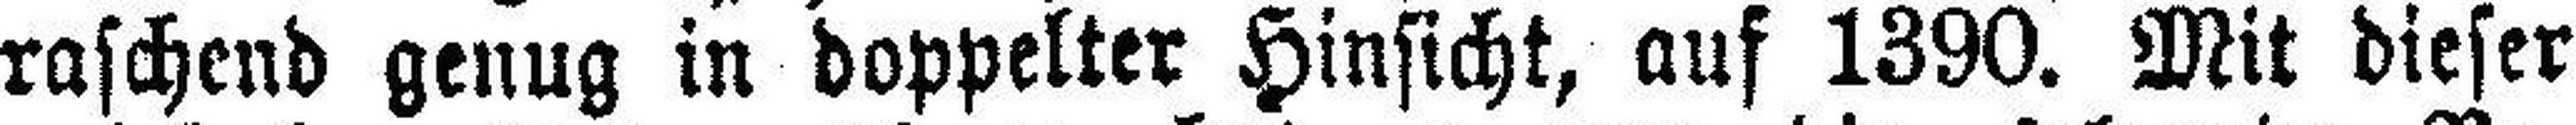
raschend genug in doppelter Hinsicht, auf 1390. Mit dieser